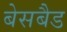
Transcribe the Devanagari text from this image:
बेसबैड